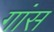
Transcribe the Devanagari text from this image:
गांस